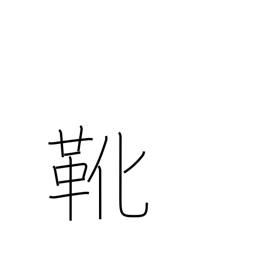
Meaning: shoes